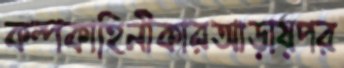
কল্পকাহিনীকারআড়ায়পর